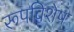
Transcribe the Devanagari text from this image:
रूपविशेष